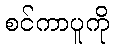
စင်ကာပူကို